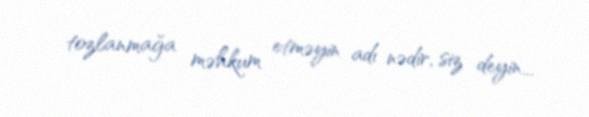
tozlanmağa məhkum etməyin adı nədir, siz deyin...